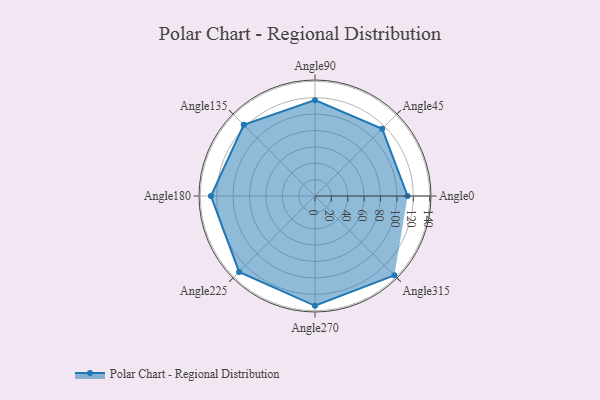
{"axis": {"x": "Angle", "y": "Radius"}, "legend": [""], "data": [{"x": "Angle0", "y": 113.0, "type": ""}, {"x": "Angle45", "y": 116.0, "type": ""}, {"x": "Angle90", "y": 117.0, "type": ""}, {"x": "Angle135", "y": 123.0, "type": ""}, {"x": "Angle180", "y": 127.0, "type": ""}, {"x": "Angle225", "y": 131.0, "type": ""}, {"x": "Angle270", "y": 134.0, "type": ""}, {"x": "Angle315", "y": 137.0, "type": ""}]}